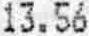
13.56